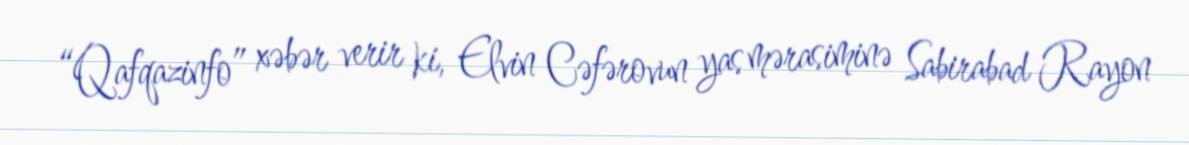
“Qafqazinfo” xəbər verir ki, Elvin Cəfərovun yas mərasiminə Sabirabad Rayon